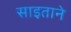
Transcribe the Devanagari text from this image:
साइताने